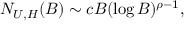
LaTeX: N _ { U , H } ( B ) \sim c B ( \log B ) ^ { \rho - 1 } ,